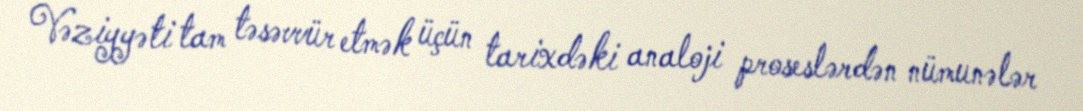
Vəziyyəti tam təsəvvür etmək üçün tarixdəki analoji proseslərdən nümunələr